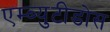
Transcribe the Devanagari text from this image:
एम्ब्युटीडोस